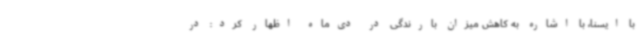
با ایسنا، با اشاره به کاهش میزان بارندگی در دی‌ماه اظهار کرد: در